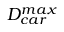
D _ { c a r } ^ { m a x }